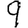
Digit: 9